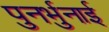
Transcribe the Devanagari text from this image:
पुनर्भुनाई